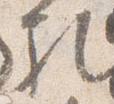
礼